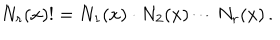
N _ { r } ( x ) ! = N _ { 1 } ( x ) \cdot N _ { 2 } ( x ) \cdots N _ { r } ( x ) \, .